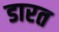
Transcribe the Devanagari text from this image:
डारत